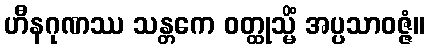
ဟီနဂုဏဿ သန္တကေ ဝတ္ထုသ္မိံ အပ္ပသာဝဇ္ဇံ။